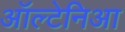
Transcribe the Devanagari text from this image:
ऑल्टेनिआ